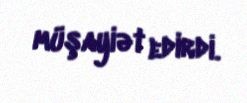
müşayiət edirdi.